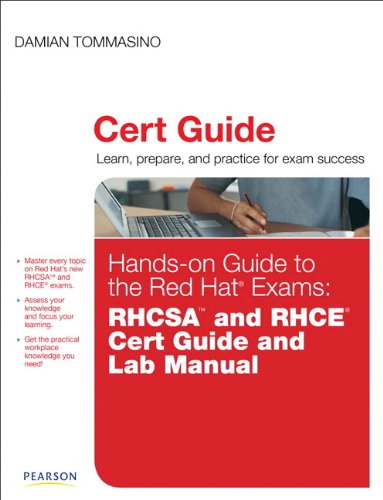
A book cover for Hands-on Guide to the Red Hat Exams: RHCSA and RHCE Cert Guide and Lab Manual; Damian Tommasino; Computers & Technology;